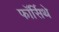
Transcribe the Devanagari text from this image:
फॉर्सिथे